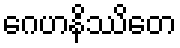
ဂေဟနိဿိတေ